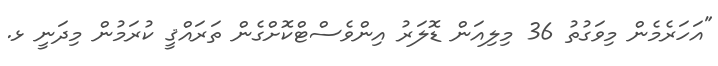
"އަހަރެމެން މިވަގުތު 36 މިލިއަން ޑޮލަރު އިންވެސްޓްކޮށްގެން ތަރައްޤީ ކުރަމުން މިދަނީ ޅ.